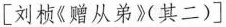
[刘桢《赠从弟》其二)]